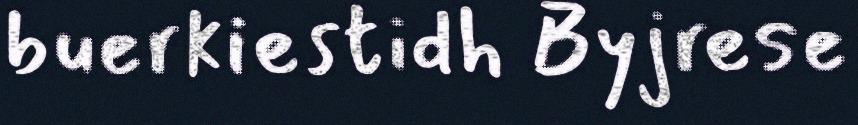
buerkiestidh Byjrese